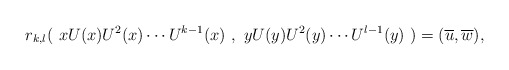
\begin{align*}r_{k,l}(\ x U(x) U^2(x) \cdots U^{k-1}(x) \ ,\ y U(y) U^2(y) \cdots U^{l-1}(y)\ )=(\overline{u},\overline{w}),\end{align*}